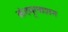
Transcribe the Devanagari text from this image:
कंदमूलाशन